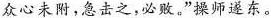
众心未附，急击之，必败。”操师遂东。